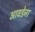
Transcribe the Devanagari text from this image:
आवडेना